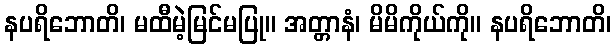
နပရိဘောတိ၊ မထီမဲ့မြင်မပြု။ အတ္တာနံ၊ မိမိကိုယ်ကို။ နပရိဘောတိ၊